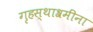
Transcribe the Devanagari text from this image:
गृहस्थाश्रमींना